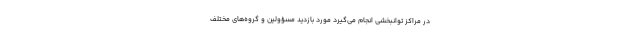
در مراکز توانبخشی انجام می‌گیرد مورد بازدید مسؤولین و گروه‌های مختلف